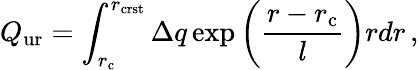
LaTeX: Q_{\mathrm{ur}}=\int_{r_{\mathrm{c}}}^{r_{\mathrm{crst}}}\Delta q\exp\left(\frac{r-r_{\mathrm{c}}}{l}\right)rdr\, ,